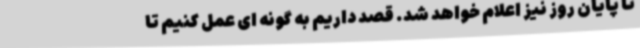
تا پایان روز نیز اعلام خواهد شد. قصد داریم به گونه ای عمل کنیم تا